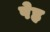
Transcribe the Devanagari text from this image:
पेह